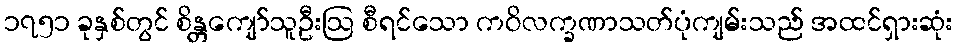
၁၇၅၁ ခုနှစ်တွင် စိန္တကျော်သူဦးဩ စီရင်သော ကဝိလက္ခဏာသတ်ပုံကျမ်းသည် အထင်ရှားဆုံး